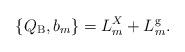
LaTeX: \begin{align*}\{Q_{\rm B}, b_m \} = L^{X}_m + L^{\rm g}_m.\end{align*}